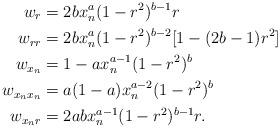
LaTeX: \begin{align*}w_{r}&= 2b x_n^a (1-r^2)^{b-1} r\\w_{rr}&= 2b x_n^a (1-r^2)^{b-2}[1-(2b-1) r^2]\\w_{x_n}&=1 -a x_n^{a-1}(1-r^2)^b\\w_{x_n x_n}&= a(1-a) x_n^{a-2}(1-r^2)^b\\w_{x_n r} &=2ab x_n^{a-1} (1-r^2)^{b-1} r.\end{align*}